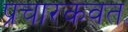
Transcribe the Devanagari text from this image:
प्रचारकवत